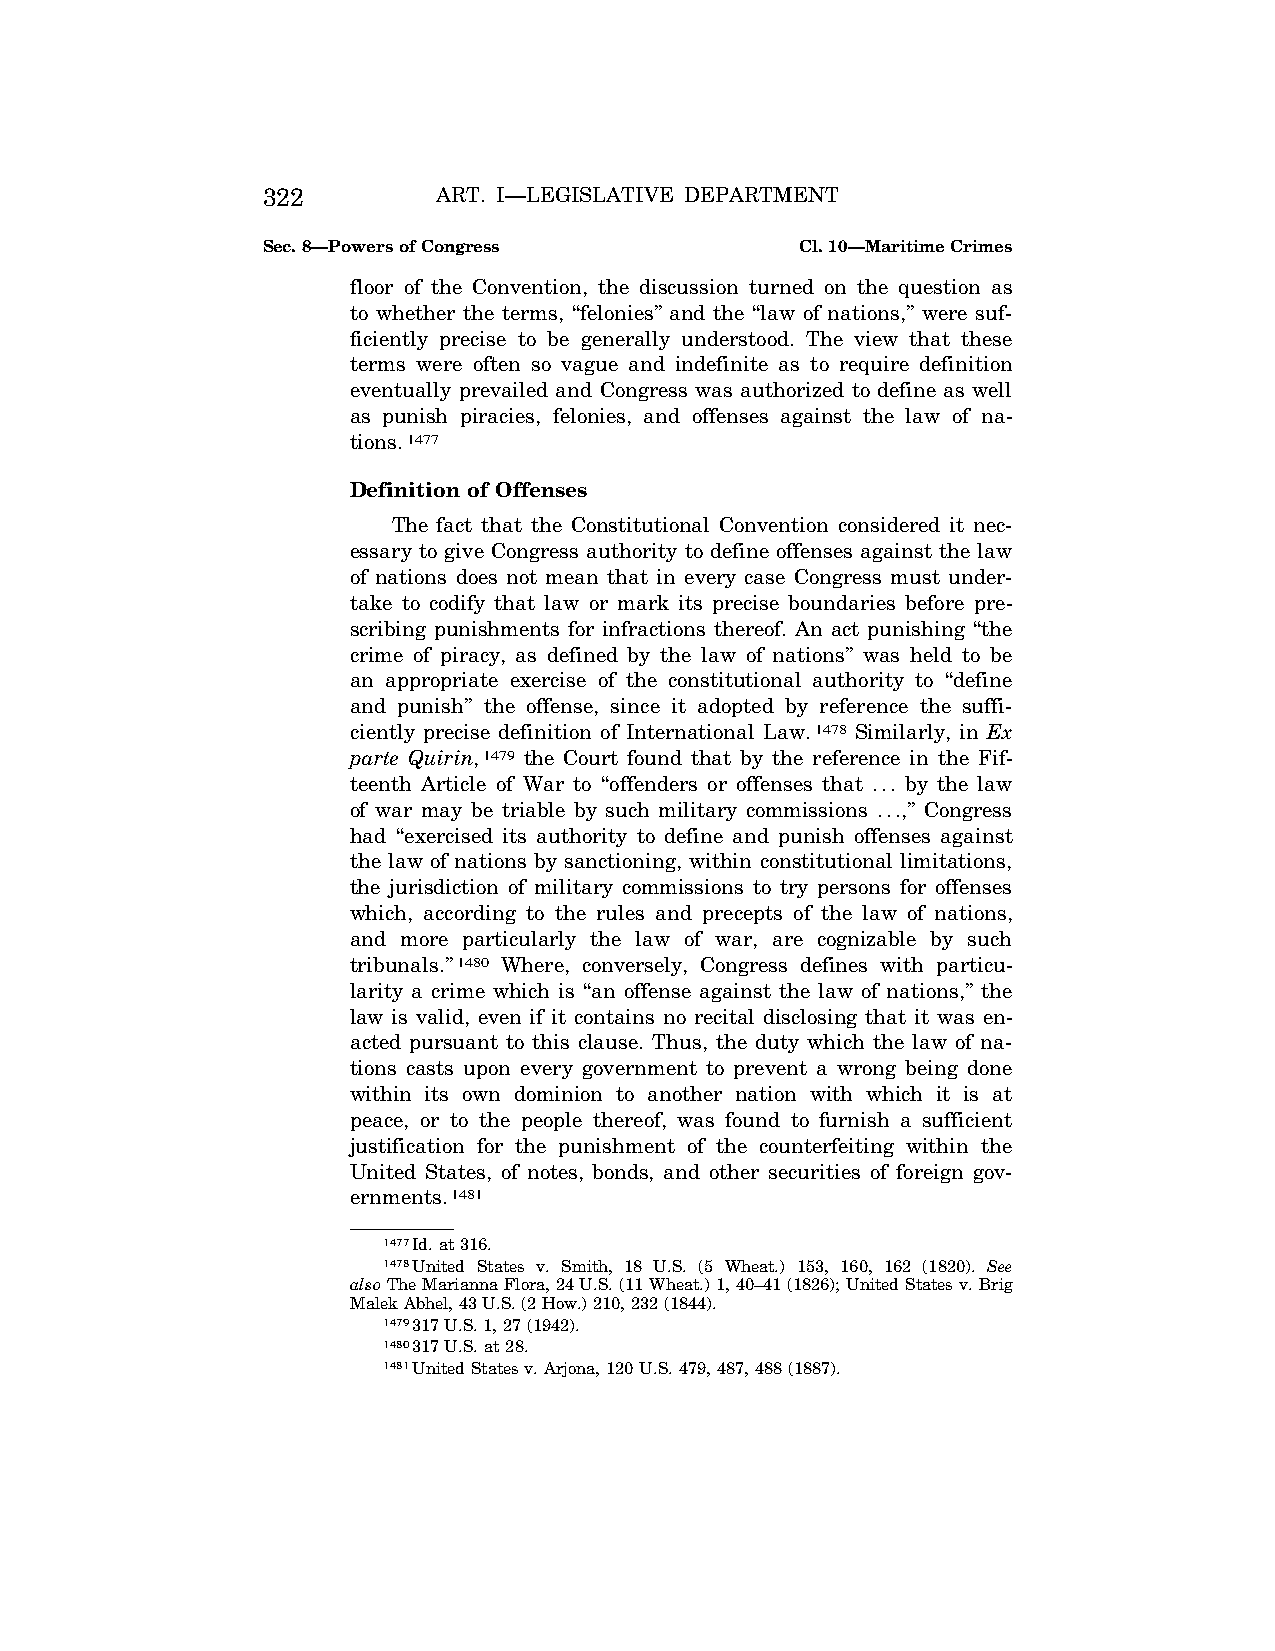
322         ART. I—LEGISLATIVE DEPARTMENT
 Sec. 8—Powers of Congress           Cl. 10—Maritime Crimes
 floor of the Convention, the discussion turned on the question as
 to whether the terms, ‘‘felonies’’ and the ‘‘law of nations,’’ were suf-
 ficiently precise to be generally understood. The view that these
 terms were often so vague and indefinite as to require definition
 eventually prevailed and Congress was authorized to define as well
 as punish piracies, felonies, and offenses against the law of na-
 tions.1477
 Definition of Offenses
 The fact that the Constitutional Convention considered it nec-
 essary to give Congress authority to define offenses against the law
 of nations does not mean that in every case Congress must under-
 take to codify that law or mark its precise boundaries before pre-
 scribing punishments for infractions thereof. An act punishing ‘‘the
 crime of piracy, as defined by the law of nations’’ was held to be
 an appropriate exercise of the constitutional authority to ‘‘define
 and punish’’ the offense, since it adopted by reference the suffi-
 ciently precise definition of International Law.1478 Similarly, in Ex
 parte Quirin,1479 the Court found that by the reference in the Fif-
 teenth Article of War to ‘‘offenders or offenses that ... by the law
 of war may be triable by such military commissions ...,’’ Congress
 had ‘‘exercised its authority to define and punish offenses against
 the law of nations by sanctioning, within constitutional limitations,
 the jurisdiction of military commissions to try persons for offenses
 which, according to the rules and precepts of the law of nations,
 and more particularly the law of war, are cognizable by such
 tribunals.’’1480 Where, conversely, Congress defines with particu-
 larity a crime which is ‘‘an offense against the law of nations,’’ the
 law is valid, even if it contains no recital disclosing that it was en-
 acted pursuant to this clause. Thus, the duty which the law of na-
 tions casts upon every government to prevent a wrong being done
 within its own dominion to another nation with which it is at
 peace, or to the people thereof, was found to furnish a sufficient
 justification for the punishment of the counterfeiting within the
 United States, of notes, bonds, and other securities of foreign gov-
 ernments.1481
 1477Id. at 316.
 1478United States v. Smith, 18 U.S. (5 Wheat.) 153, 160, 162 (1820). See
 alsoThe Marianna Flora, 24 U.S. (11 Wheat.) 1, 40–41 (1826); United States v. Brig
 Malek Abhel, 43 U.S. (2 How.) 210, 232 (1844).
 1479317 U.S. 1, 27 (1942).
 1480317 U.S. at 28.
 1481United States v. Arjona, 120 U.S. 479, 487, 488 (1887).
 VerDate Apr<14>2004 12:35 Apr 14, 2004 Jkt 077500 PO 00000 Frm 00260 Fmt 8222 Sfmt 8222 C:\CONAN\CON009.SGM PRFM99 PsN: CON009